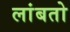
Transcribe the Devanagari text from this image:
लांबतो